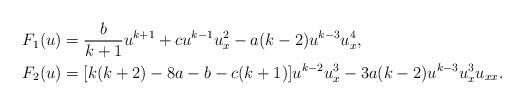
LaTeX: \begin{align*}&F_1(u)=\frac{b}{k+1}u^{k+1}+cu^{k-1}u_x^2-a(k-2)u^{k-3}u_x^4, \\ &F_2(u)=[k(k+2)-8a-b-c(k+1)]u^{k-2}u_x^3-3a(k-2)u^{k-3}u_x^3u_{xx}.\end{align*}